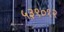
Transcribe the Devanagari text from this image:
५३९०१२